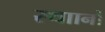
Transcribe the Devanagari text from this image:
स्थाानों